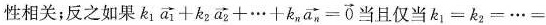
性相关；反之如果$$k _ { 1 } \overrightarrow { a _ { 1 } } + k _ { 2 } \overrightarrow { a _ { 2 } } + … + k _ { n } \overrightarrow { a _ { n } } = 0$$当且仅当$$k _ { 1 } = k _ { 2 } = … =